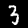
Label: 3